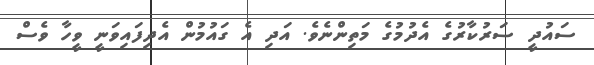
ސައުދީ ސަރުކާރުގެ އެދުމުގެ މަތިންނެވެ. އަދި އެ ގައުމުން އެދިފައިވަނީ ވީހާ ވެސް